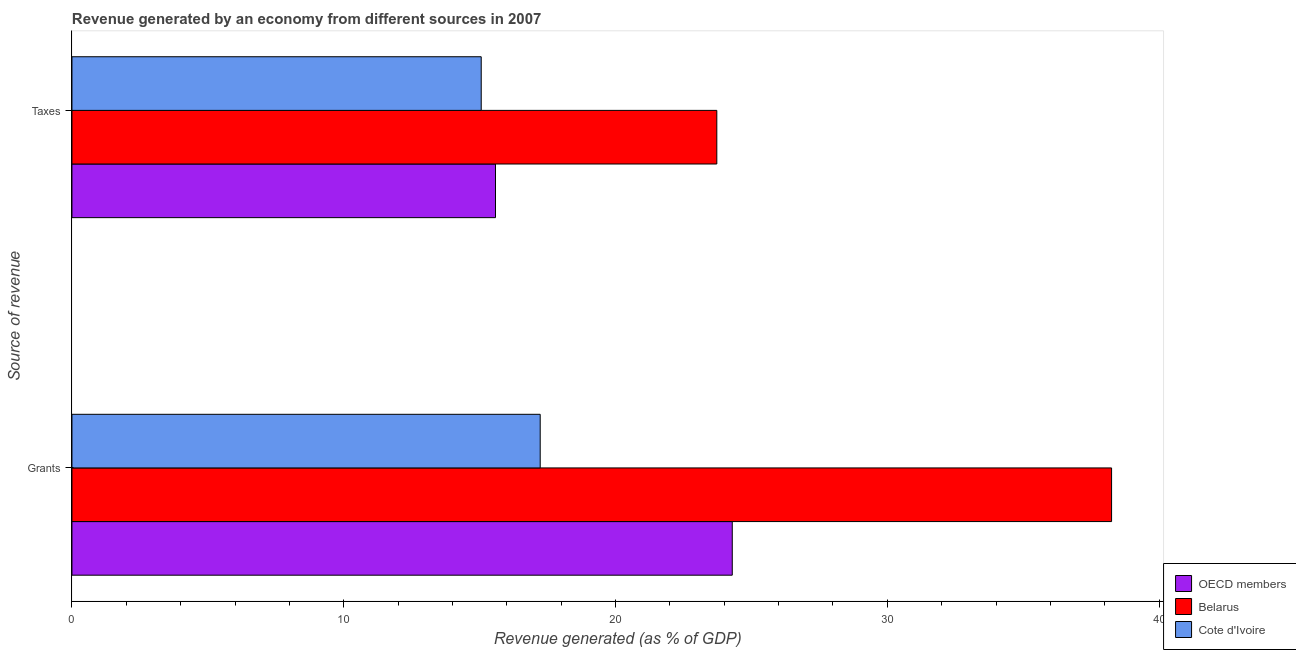
| Source of revenue | OECD members | Belarus | Cote d'Ivoire |
 | --- | --- | --- | --- |
 | Grants | 24.3 | 38.3 | 17.2 |
 | Taxes | 15.6 | 23.7 | 15.1 |